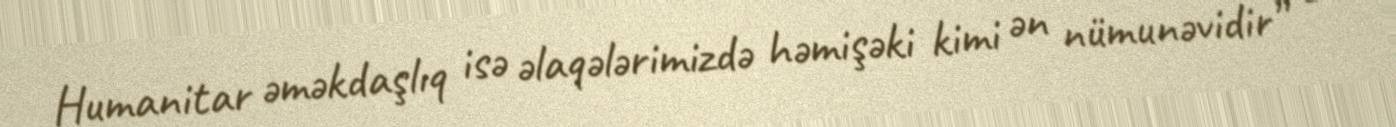
Humanitar əməkdaşlıq isə əlaqələrimizdə həmişəki kimi ən nümunəvidir” -